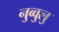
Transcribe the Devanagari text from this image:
नुव्वुलु